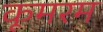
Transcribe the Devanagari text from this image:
कूमरम